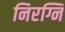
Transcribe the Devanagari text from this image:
निरग्नि